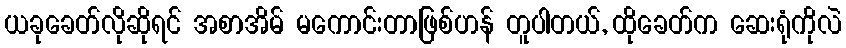
ယခုခေတ်လိုဆိုရင် အစာအိမ် မကောင်းတာဖြစ်ဟန် တူပါတယ်, ထိုခေတ်က ဆေးရုံကိုလဲ